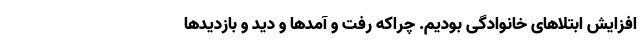
افزایش ابتلاهای خانوادگی بودیم. چراکه رفت و آمدها و دید و بازدیدها